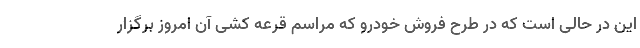
این در حالی است که در طرح فروش خودرو که مراسم قرعه کشی آن امروز برگزار